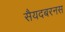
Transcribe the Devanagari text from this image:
सैयदबरनस